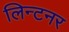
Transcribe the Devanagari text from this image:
लिन्टनर